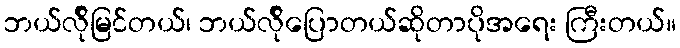
ဘယ်လ်ိုမြင်တယ်၊ ဘယ်လ်ိုပြောတယ်ဆိုတာပိုအရေး ကြီးတယ်။